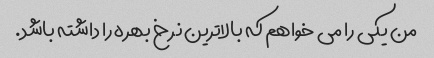
من یکی را می خواهم که بالاترین نرخ بهره را داشته باشد.